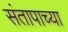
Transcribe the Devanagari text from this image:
संतापाच्या